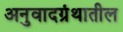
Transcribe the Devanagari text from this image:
अनुवादग्रंथातील